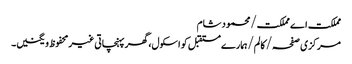
مملکت اے مملکت/محمود شام
مرکزی صفحہ/ کالم/ہمارے مستقبل کو اسکول، گھر پہنچاتی غیر محفوظ ویگنیں۔